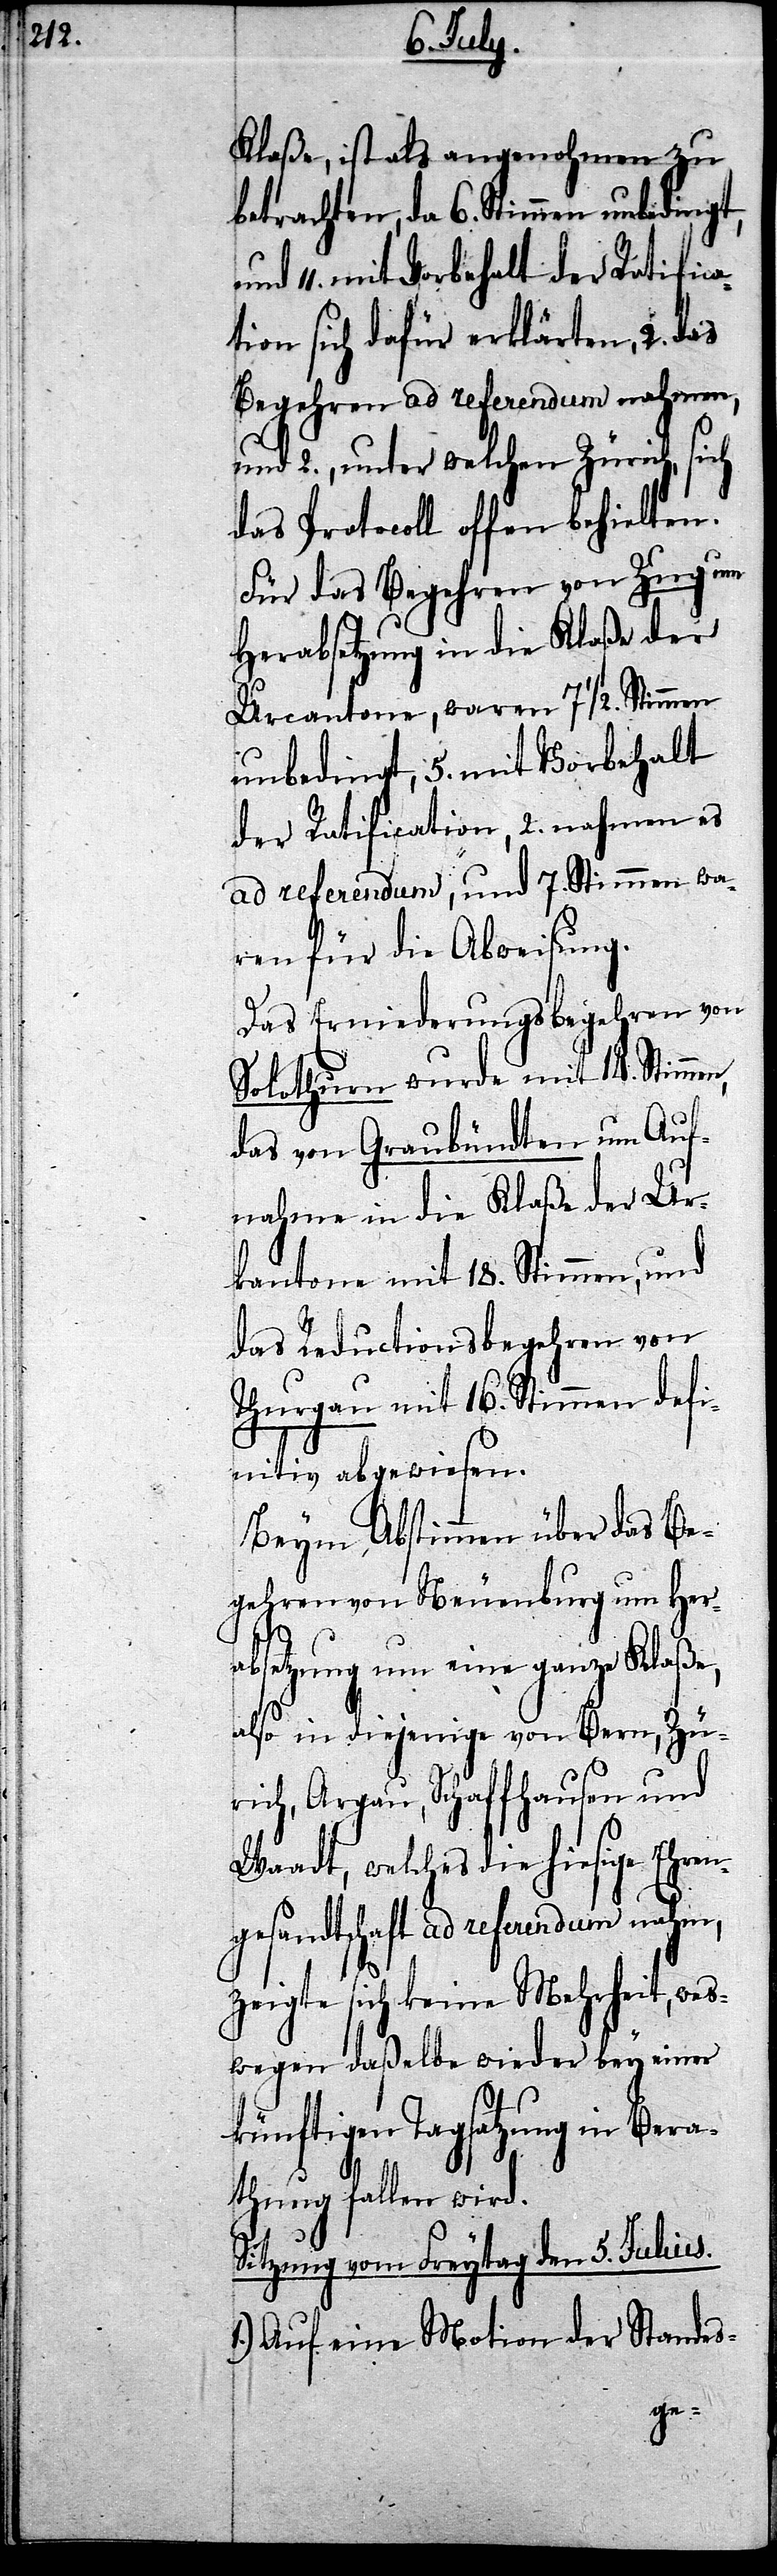
Klaße, ist als angenohmen zu
betrachten, da 6. Stimmen unbedingt,
mit Vorbehalt der Ratifica¬
tion sich dafür erklärten, 2. das
Begehren ad referendum nahmen,
und 2., unter welchen Zürich, sich
das Protocoll offen behielten.
Für das Begehren von Zug um
Herabsetzung in die Klaße der
Urcantone, waren 71/2. Stimmen
unbedingt, 5. mit Vorbehalt
der Ratification, 2. nahmen es
ad referendum, und 7. Stimmen wa¬
ren für die Abweisung.
Das Erniederungsbegehren von
Solothurn wurde mit 14. Stimmen,
das von Graubündten um Auf¬
nahme in die Klaße der Ur¬
kantone mit 18. Stimmen, und
das Reducktionsbegehren von
Thurgau mit 16. Stimmen defi¬
nitiv abgewiesen.
Beym Abstimmen über das Be¬
gehren von Neuenburg um Her¬
absetzung um eine ganze Klaße,
also in diejenige von Bern, Zü¬
rich, Argau, Schaffhausen und
Waadt, welches die hiesige Ehren¬
gesandtschaft ad referendum nahm,
zeigte sich keine Mehrheit, wes¬
wegen daßelbe wieder bey einer
künftigen Tagsatzung in Bera¬
thung fallen wird.
Sitzung vom Freytag den 5. Julius.
Auf eine Motion der Standes-